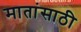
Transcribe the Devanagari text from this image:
मातांसाठी